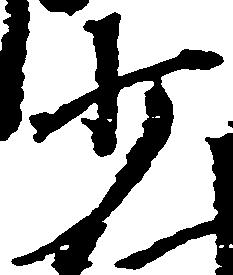
少